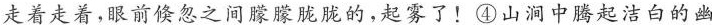
走着徒着，眼前倏忽之间朦朦胧胧的，起雾了!④山润中腾起洁白的幽